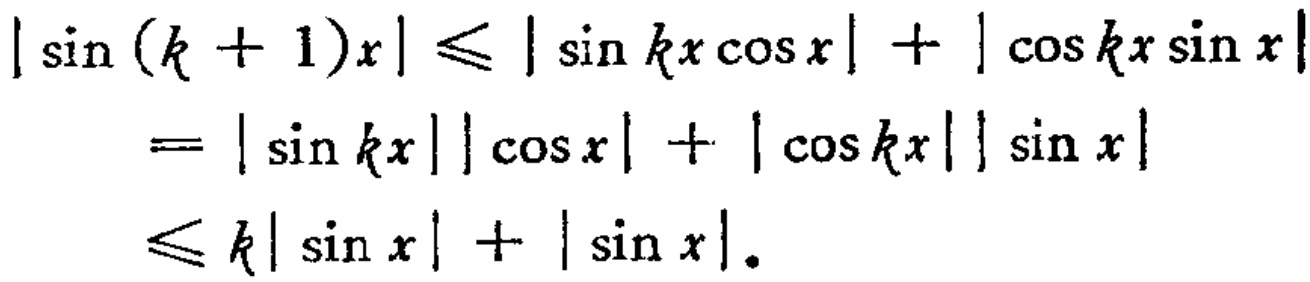
\[

\begin{align*}

|\sin(k + 1)x|&\leqslant|\sin kx\cos x|+|\cos kx\sin x|\\

&=|\sin kx||\cos x|+|\cos kx||\sin x|\\

&\leqslant k|\sin x|+|\sin x|.

\end{align*}

\]